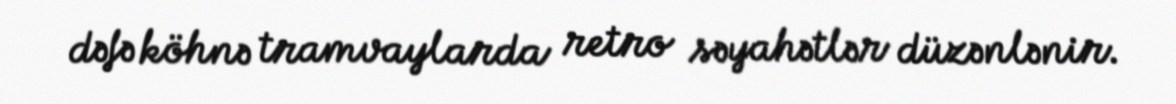
dəfə köhnə tramvaylarda retro səyahətlər düzənlənir.